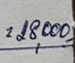
= 28,000